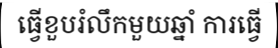
ធ្វើខួបរំលឹកមួយឆ្នាំ ការធ្វើ